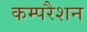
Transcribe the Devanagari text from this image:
कम्परैशन